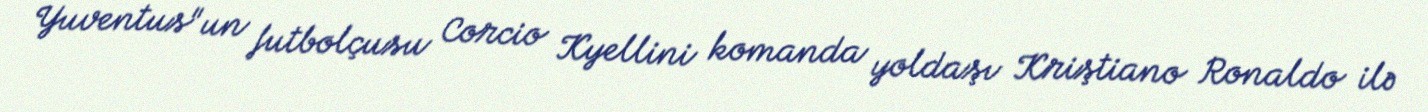
Yuventus"un futbolçusu Corcio Kyellini komanda yoldaşı Kriştiano Ronaldo ilə